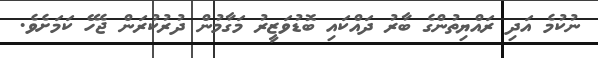
ނުކުމެ އަދި ރައްޔިތުންގެ ބާރު ދައްކައި ބޮޑުވަޒީރު މަގާމުން ދުރުކުރަން ޖެހޭ ކަމަށެވެ.